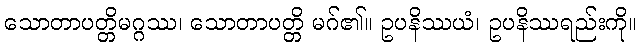
သောတာပတ္တိမဂ္ဂဿ၊ သောတာပတ္တိ မဂ်၏။ ဥပနိဿယံ၊ ဥပနိဿရည်းကို။